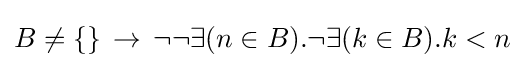
B\neq \{\}\,\to \,\neg \neg \exists (n\in B).\neg \exists (k\in B).k<n